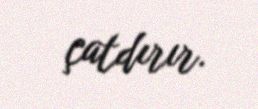
çatdırır.